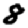
Digit: 8